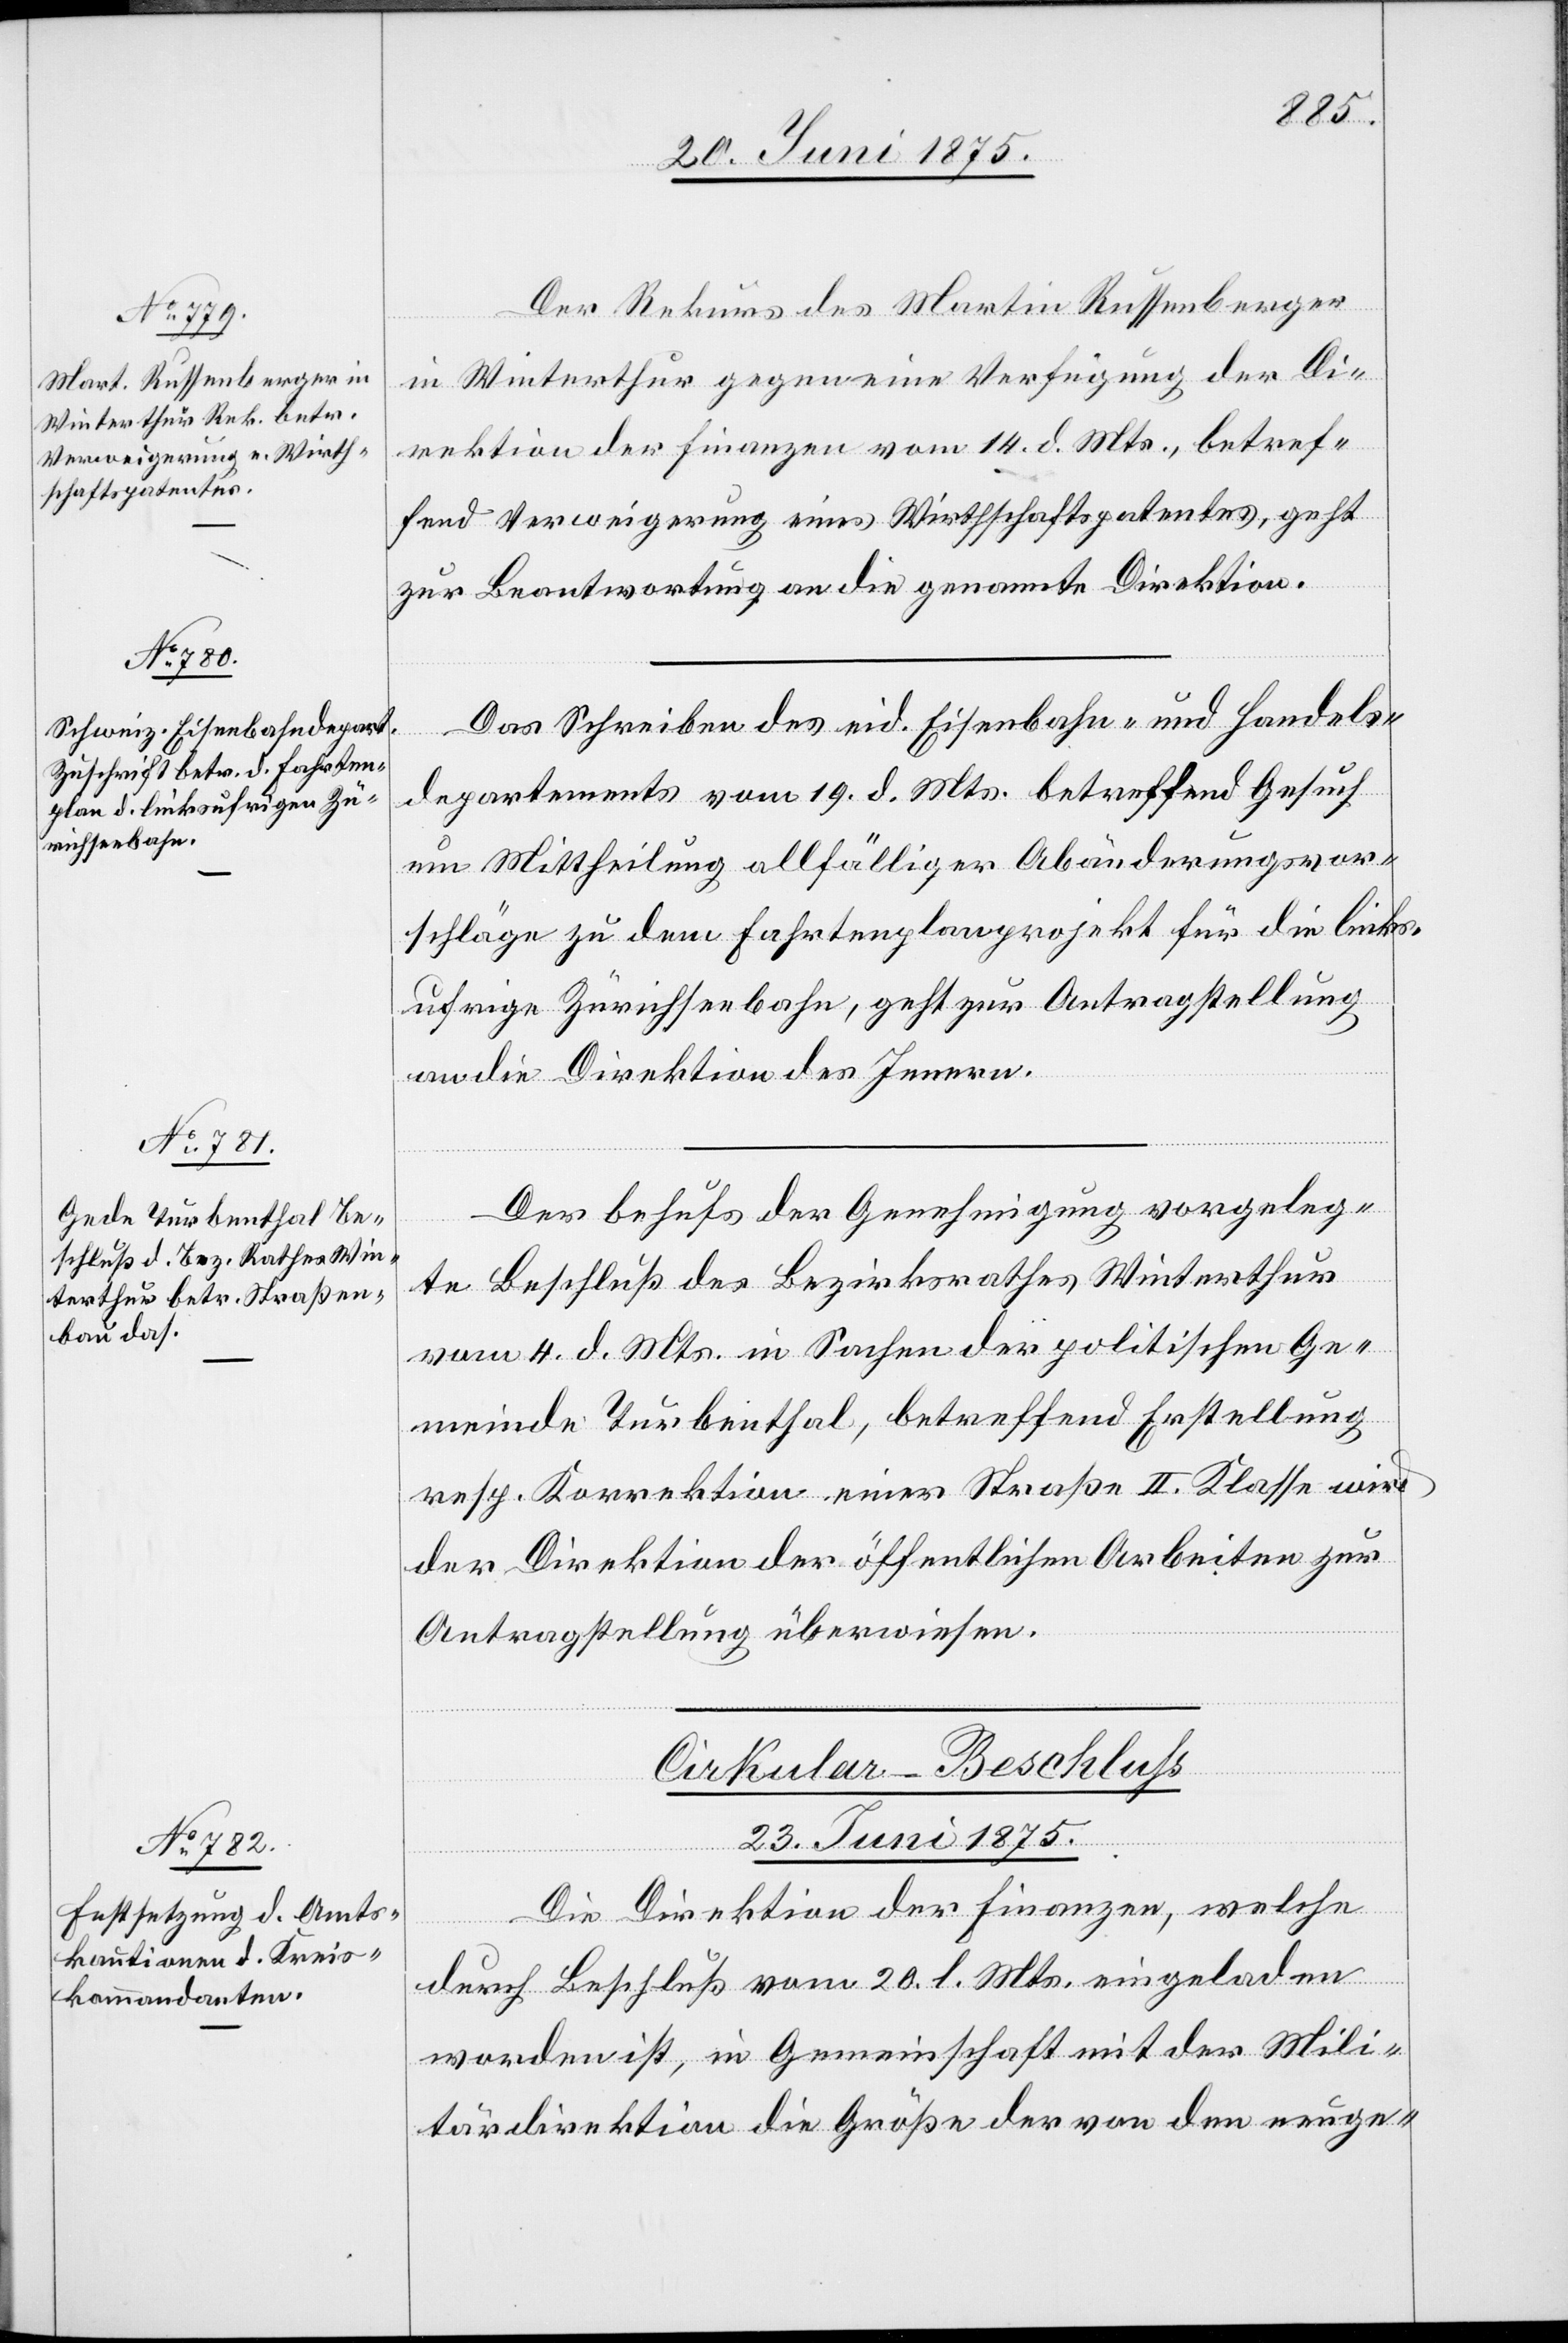
Der Rekurs des Martin Russenberger
in Winterthur gegen eine Verfügung der Di¬
rektion der Finanzen vom 14. d. Mts., betref¬
fend Verweigerung eines Wirthschaftspatentes, geht
zur Beantwortung an die genannte Direktion.
Das Schreiben des eid. Eisenbahn- und Handels¬
departements vom 19. d. Mts. betreffend Gesuch
um Mittheilung allfälliger Abänderungsvor¬
schläge zu dem Fahrtenplanprojekt für die links¬
ufrige Zürichseebahn, geht zur Antragstellung
an die Direktion des Innern.
Der behufs der Genehmigung vorgeleg¬
te Beschluß des Bezirksrathes Winterthur
vom 4. d. Mts. in Sachen der politischen Ge¬
meinde Turbenthal, betreffend Erstellung
resp. Korrektion einer Straße II. Klasse wird
der Direktion der öffentlichen Arbeiten zur
Antragstellung überwiesen.
Cirkular-Beschluß
23. Juni 1875.
Die Direktion der Finanzen, welche
durch Beschluß vom 20. l. Mts. eingeladen
worden ist, in Gemeinschaft mit der Mili¬
tärdirektion die Größe der von den neuge-